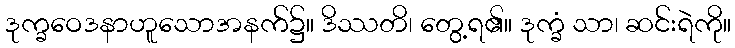
ဒုက္ခဝေဒနာဟူသောအနက်၌။ ဒိဿတိ၊ တွေ့ရ၏။ ဒုက္ခံ သာ၊ ဆင်းရဲကို။